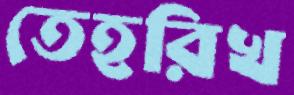
তেহরিখ